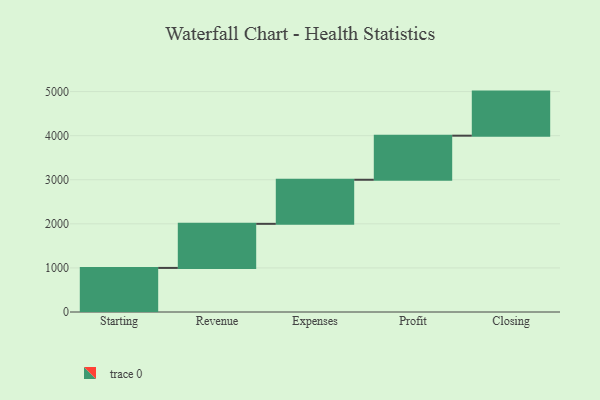
{"axis": {"x": "Step", "y": "Value"}, "legend": [""], "data": [{"x": "Starting", "y": 1000, "type": ""}, {"x": "Revenue", "y": 1000, "type": ""}, {"x": "Expenses", "y": 1000, "type": ""}, {"x": "Profit", "y": 1000, "type": ""}, {"x": "Closing", "y": 1000, "type": ""}]}